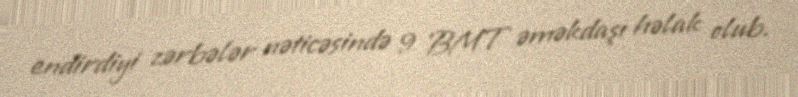
endirdiyi zərbələr nəticəsində 9 BMT əməkdaşı həlak olub.